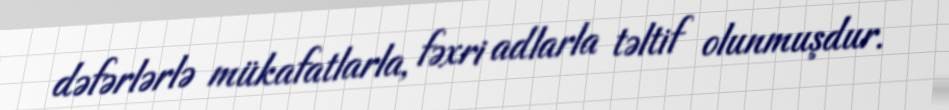
dəfərlərlə mükafatlarla, fəxri adlarla təltif olunmuşdur.